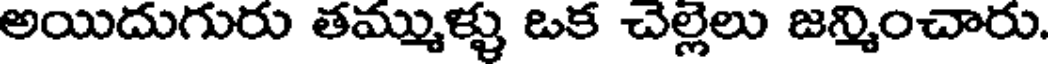
అయిదుగురు తమ్ముళ్ళు ఒక చెల్లెలు జన్మించారు.